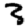
Digit: 3